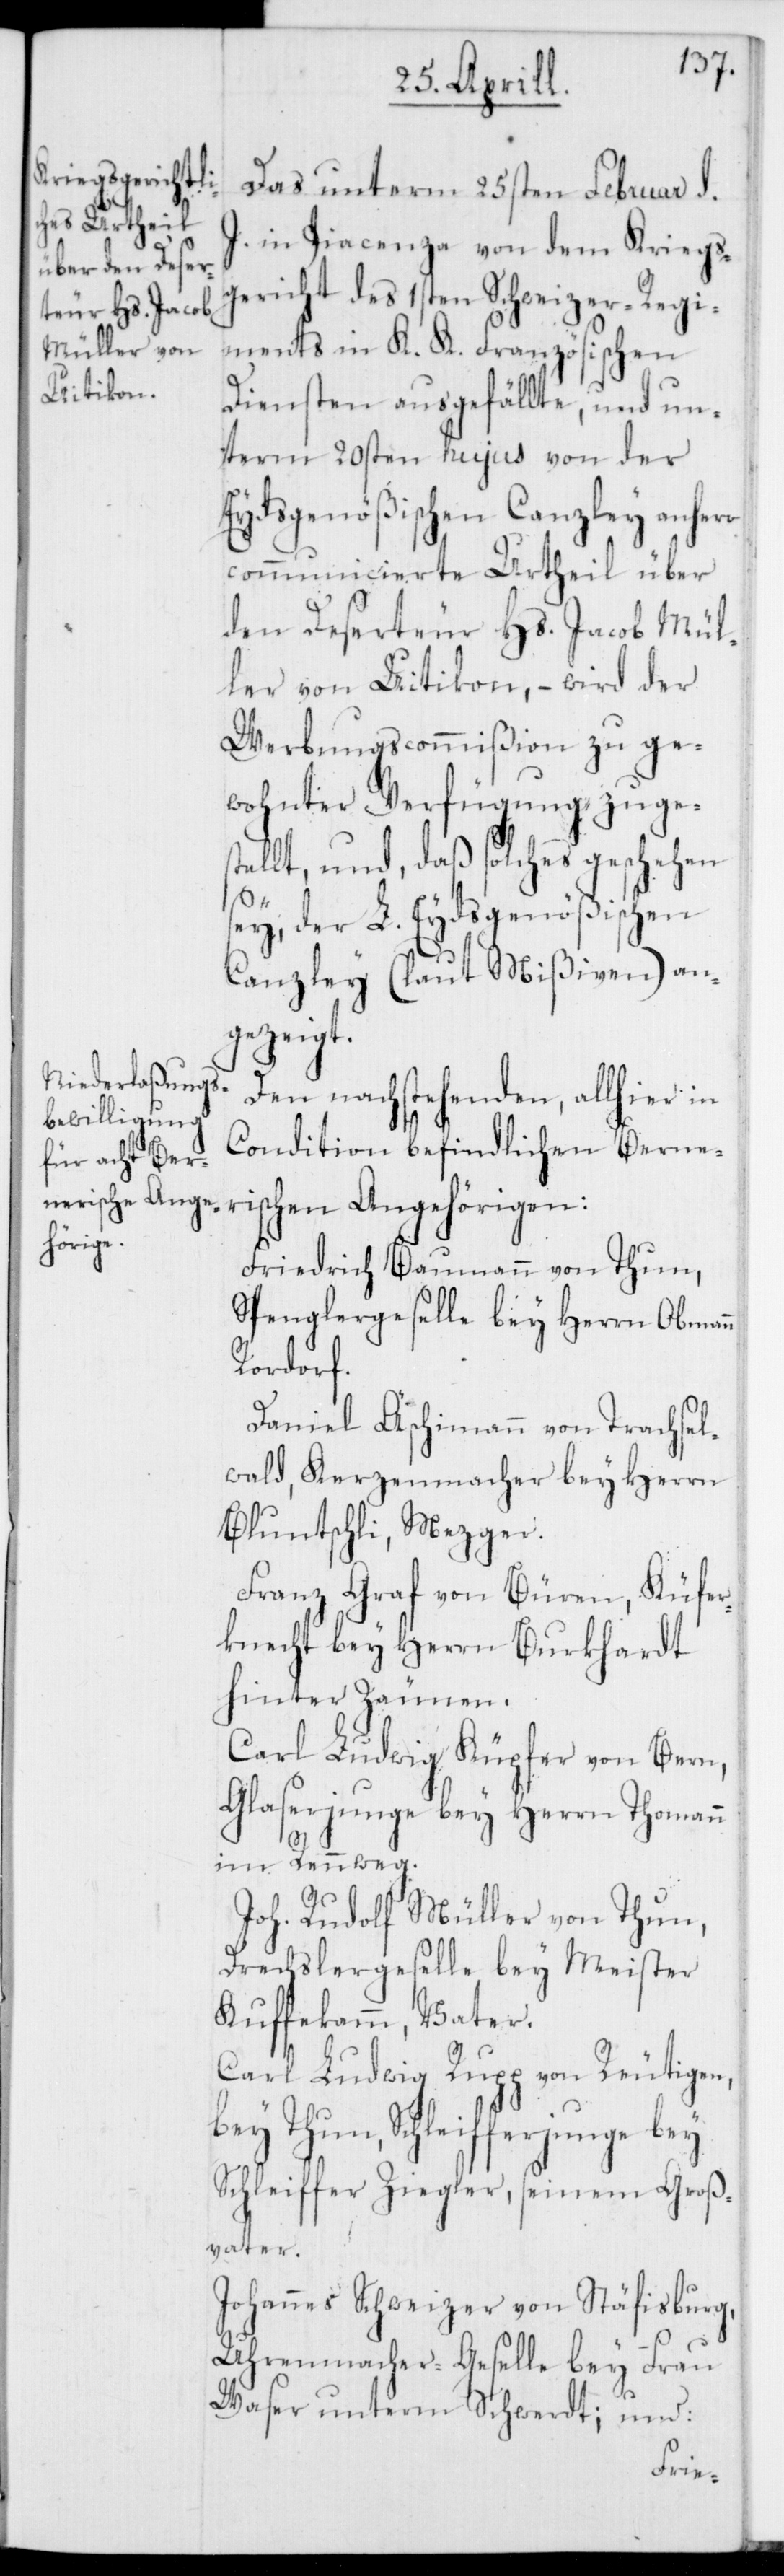
Das unterm 25sten Februar d.
J. in Piacenza von dem Kriegs¬
gericht des 1sten Schweizer-Regi¬
ments in K. K. Französischen
Diensten ausgefällte, und un¬
term 20sten hujus von der
Eydsgenößischen Canzley anhero
communicierte Urtheil über
den Deserteur Hs. Jacob Mül¬
ler von Uitikon, – wird der
Werbungscommißion zu ge¬
wohnter Verfügung zuges¬
tellt, und, daß solches geschehen
sey, der L. Eydsgenößischen
Canzley (laut Mißiven) an¬
gezeigt.
Den nachstehenden, allhier in
Condition befindlichen Berne¬
rischen Angehörigen:
Friedrich Baumann von Thun,
Spenglergeselle bey Herrn Obmann
Rordorf.
Daniel Äschimann von Trachsel¬
wald, Kerzenmacher bey Herrn
Bluntschli, Mezger.
Franz Graf von Büren, Küfer¬
knecht bey Herrn Burkhardt
hinter Zäunen.
Carl Ludwig Küpfer von Bern,
Glaserjunge bey Herrn Thomann
im Rennweg.
Joh. Rudolf Müller von Thun,
Drechslergeselle bey Meister
Kuffekamm, Vater.
Carl Ludwig Rupp von Reutigen,
bey Thun, Schleifferjunge bey
Schleifer Ziegler, seinem Groß¬
vater.
Johannes Schweizer von Stäfisburg,
Uhrenmacher-Geselle bey Frau
Waser unterm Schwerdt; und: